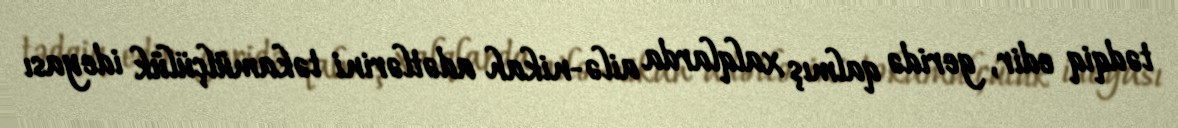
tədqiq edir, geridə qalmış xalqlarda ailə-nikah adətlərini təkamülçülük ideyası